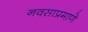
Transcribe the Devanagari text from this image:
नवसाप्रमाणे